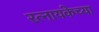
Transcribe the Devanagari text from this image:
रत्नायकेच्या